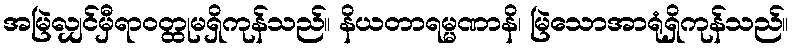
အမြဲလျှင်မှီရာဝတ္ထုမရှိကုန်သည်။ နိယတာရမ္မဏာနိ၊ မြဲသောအာရုံရှိကုန်သည်။